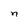
Character: n